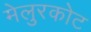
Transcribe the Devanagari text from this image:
मेलुरकोट